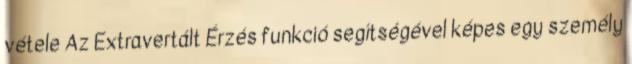
vétele Az Extravertált Érzés funkció segítségével képes egy személy